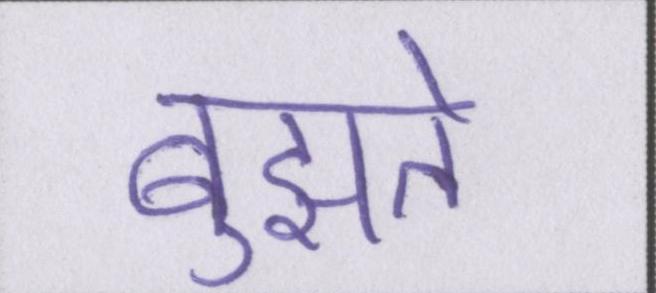
बुझते